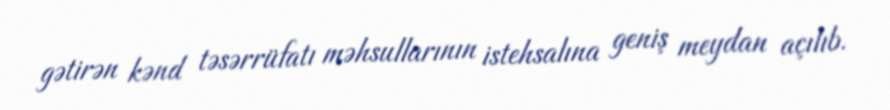
gətirən kənd təsərrüfatı məhsullarının istehsalına geniş meydan açılıb.